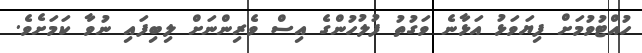
ހުއްޓުވުމަށް ފިޔަވަޅު އަޅާނެ ވަގުތު ފުލުހުންގެ އިސް ވެރިންނަށް ލިބިފައި ނުވާ ކަމަށެވެ.